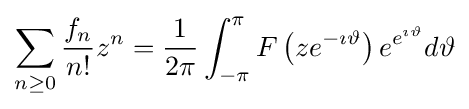
\sum _{n\geq 0}{\frac {f_{n}}{n!}}z^{n}={\frac {1}{2\pi }}\int _{-\pi }^{\pi }F\left(ze^{-\imath \vartheta }\right)e^{e^{\imath \vartheta }}d\vartheta